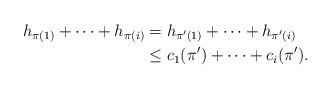
LaTeX: \begin{align*}h_{\pi(1)}+\dots+h_{\pi(i)}&=h_{\pi'(1)}+\dots+h_{\pi'(i)}\\&\leq c_1(\pi')+\dots+c_i(\pi').\end{align*}